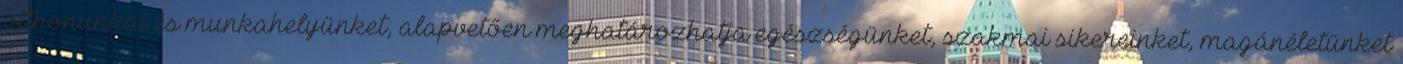
otthonunkat és munkahelyünket, alapvetően meghatározhatja egészségünket, szakmai sikereinket, magánéletünket